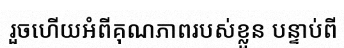
រួចហើយអំពីគុណភាពរបស់ខ្លួន បន្ទាប់ពី